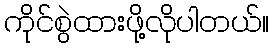
ကိုင်စွဲထားဖို့လိုပါတယ်။